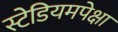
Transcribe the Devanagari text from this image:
स्टेडियमपेक्षा